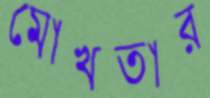
মোখতার